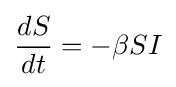
{\frac {dS}{dt}}=-\beta SI